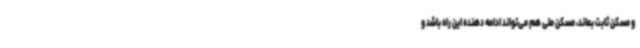
و مسکن ثابت بماند، مسکن ملی هم می‌تواند ادامه دهنده این راه باشد و